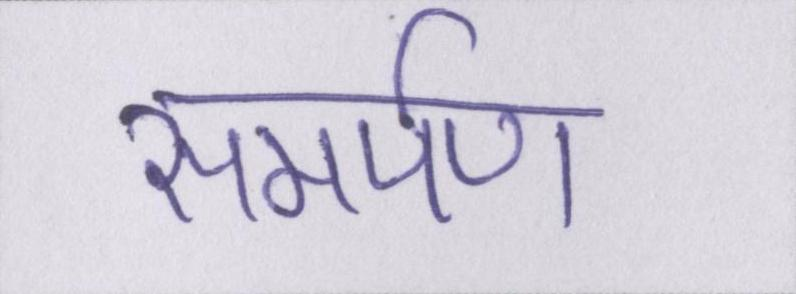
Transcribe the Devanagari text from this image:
समर्पण